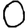
Digit: 0